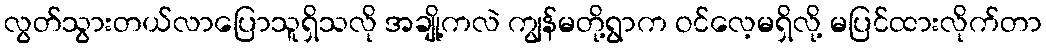
လွတ်သွားတယ်လာပြောသူရှိသလို အချို့ကလဲ ကျွန်မတို့ရွာက ဝင်လေ့မရှိလို့ မပြင်ထားလိုက်တာ